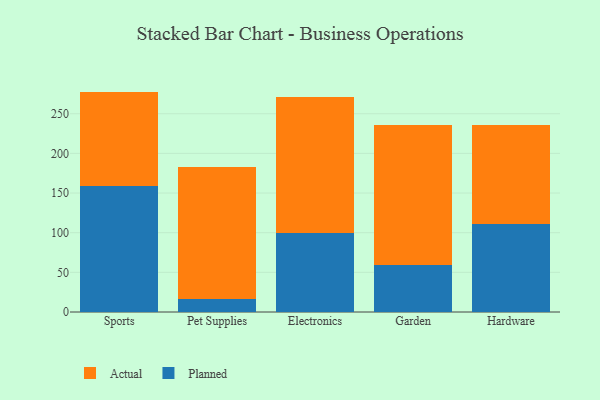
{"axis": {"x": "Category", "y": "Churn Rate (%)"}, "legend": ["Actual", "Planned"], "data": [{"x": "Sports", "y": 159.2, "type": "Planned"}, {"x": "Sports", "y": 118.7, "type": "Actual"}, {"x": "Pet Supplies", "y": 16.9, "type": "Planned"}, {"x": "Pet Supplies", "y": 166.4, "type": "Actual"}, {"x": "Electronics", "y": 99.1, "type": "Planned"}, {"x": "Electronics", "y": 172.4, "type": "Actual"}, {"x": "Garden", "y": 58.7, "type": "Planned"}, {"x": "Garden", "y": 176.9, "type": "Actual"}, {"x": "Hardware", "y": 110.7, "type": "Planned"}, {"x": "Hardware", "y": 124.9, "type": "Actual"}]}